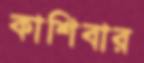
কাশিবার